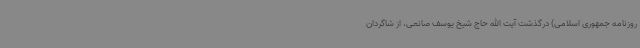
روزنامه جمهوری اسلامی) درگذشت آیت الله حاج شیخ یوسف صانعی، از شاگردان